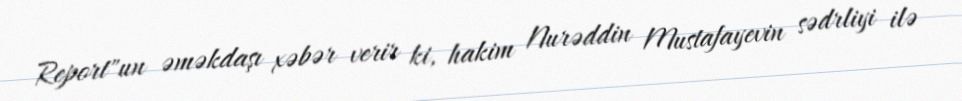
Report"un əməkdaşı xəbər verir ki, hakim Nurəddin Mustafayevin sədrliyi ilə